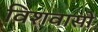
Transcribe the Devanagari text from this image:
विशवासो